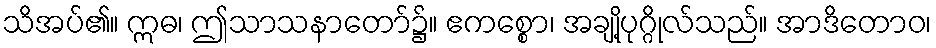
သိအပ်၏။ ဣဓ၊ ဤသာသနာတော်၌။ ဧကစ္စော၊ အချို့ပုဂ္ဂိုလ်သည်။ အာဒိတောဝ၊